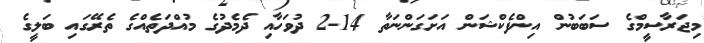
މިޖަރާސީމްގެ ސަބަބުން އިންފެކްޝަން އަށަގަންނަތާ 14-2 ދުވަހާއި ދެމެދުގެ މުއްދަތެއްގެ ތެރޭގައި ބަލީގެ